Report of the King Institute of Preventive Medicine, Guindy
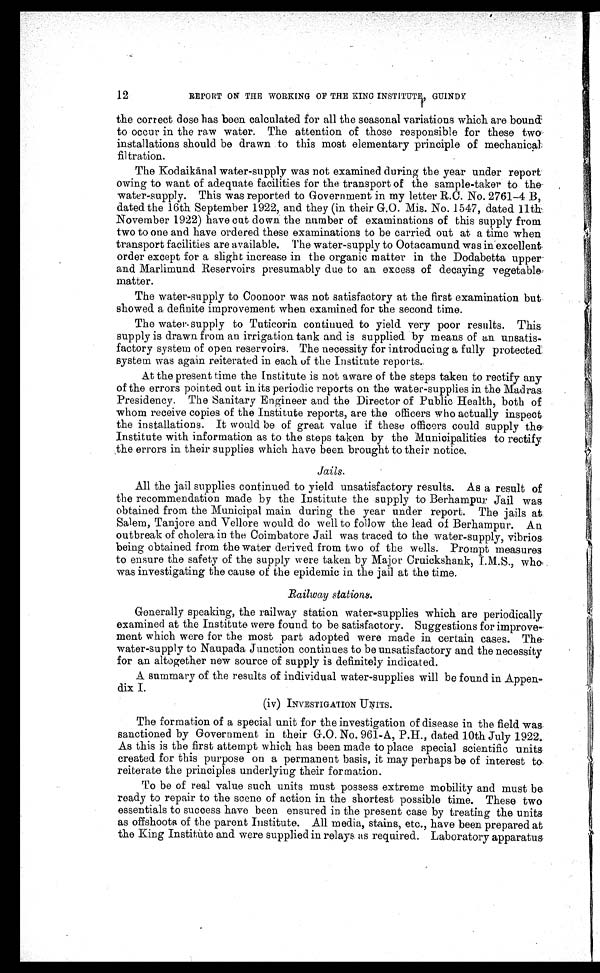
12
REPORT ON THE WORKING OF THE KING INSTITUTE, GUINDY.
the correct dose has been calculated for all the seasonal variations which are bound
to occur in the raw water. The attention of those responsible for these two
installations should be drawn to this most elementary principle of mechanical
filtration.
The Kodaikānal water-supply was not examined during the year under report
owing to want of adequate facilities for the transport of the sample-taker to the-
water-supply. This was reported to Government in my letter R.C. No. 2761-4 B,
dated the 16th September 1922, and they (in their G.O. Mis. No. 1547, dated 11th
November 1922) have cut down the number of examinations of this supply from
two to one and have ordered these examinations to be carried out at a time when
transport facilities are available. The water-supply to Ootacamund was in excellent
order except for a slight increase in the organic matter in the Dodabetta upper
and Marlimund Reservoirs presumably due to an excess of decaying vegetable
matter.
The water-supply to Coonoor was not satisfactory at the first examination but
showed a definite improvement when examined for the second time.
The water supply to Tuticorin continued to yield very poor results. This
supply is drawn from an irrigation tank and is supplied by means of an unsatis
- f a c t o r y s y s t e m o f o p e n r e s e r v o i r s . T h e n e c e s s i t y f o r i n t r o d u c i n g a f u l l y p r o t e c t e d
system was again reiterated in each of the Institute reports.
At the present time the Institute is not aware of the steps taken to rectify any
of the errors pointed out in its periodic reports on the water-supplies in the Madras
Presidency. The Sanitary Engineer and the Director of Public Health, both of
whom receive copies of the Institute reports, are the officers who actually inspect
the installations. It would be of great value if these officers could supply the
Institute with information as to the steps taken by the Municipalities to rectify
the errors in their supplies which have been brought to their notice.
Jails.
All the jail supplies continued to yield unsatisfactory results. As a result of
the recommendation made by the Institute the supply to Berhampur Jail was
obtained from the Municipal main during the year under report. The jails at
Salem, Tanjore and Vellore would do well to follow the lead of Berhampur. An
outbreak of cholera in the Coimbatore Jail was traced to the water-supply, vibrios
being obtained from the water derived from two of the wells. Prompt measures
to ensure the safety of the supply were taken by Major Cruickshank, I.M.S., who
was investigating the cause of the epidemic in the jail at the time.
Railway stations.
Generally speaking, the railway station water-supplies which are periodically
examined at the Institute were found to be satisfactory. Suggestions for improve
-ment which were for the most part adopted were made in certain cases. The -
water-supply to Naupada Junction continues to be unsatisfactory and the necessity
for an altogether new source of supply is definitely indicated.
A summary of the results of individual water-supplies will be found in Appen
- d i x I .
(iv) INVESTIGATION UNITS.
The formation of a special unit for the investigation of disease in the field was
sanctioned by Government in their G.O. No. 961-A, P.H., dated 10th July 1922.
As this is the first attempt which has been made to place special scientific units
created for this purpose on a permanent basis, it may perhaps be of interest to
reiterate the principles underlying their formation.
To be of real value such units must possess extreme mobility and must be
ready to repair to the scene of action in the shortest possible time. These two
essentials to success have been ensured in the present case by treating the units
as offshoots of the parent Institute. All media, stains, etc., have been prepared at
the King Institute and were supplied in relays as required. Laboratory apparatus